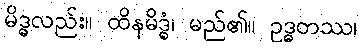
မိဒ္ဓလည်း။ ထိနမိဒ္ဓံ၊ မည်၏။ ဥဒ္ဓတဿ၊